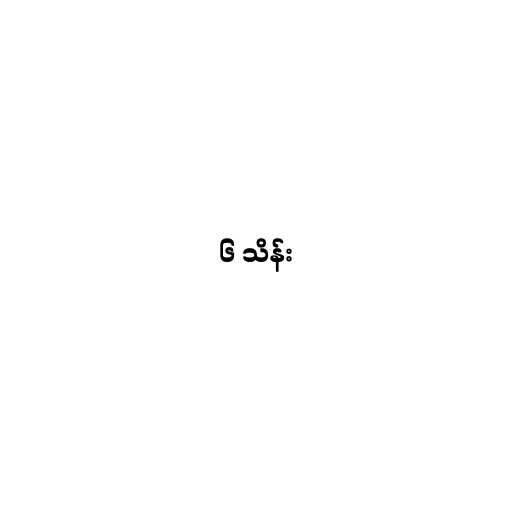
၆ သိန်း